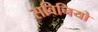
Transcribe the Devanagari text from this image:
सविनियो